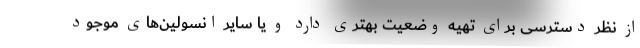
از نظر دسترسی برای تهیه وضعیت بهتری دارد و یا سایر انسولین‌های موجود